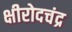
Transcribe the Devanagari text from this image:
क्षीरोदचंद्र